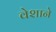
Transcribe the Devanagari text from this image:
वेशाने